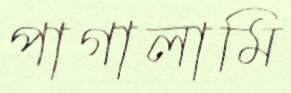
পাগালামি